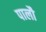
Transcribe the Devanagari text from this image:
पालौ